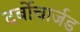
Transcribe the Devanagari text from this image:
टर्बोचार्जड